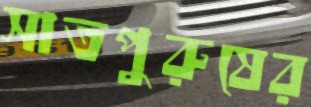
সাতপুরুষের